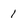
Character: 1